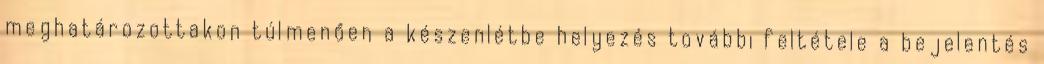
meghatározottakon túlmenően a készenlétbe helyezés további feltétele a bejelentés